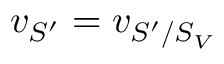
v _ { S ^ { \prime } } = v _ { S ^ { \prime } / S _ { V } }